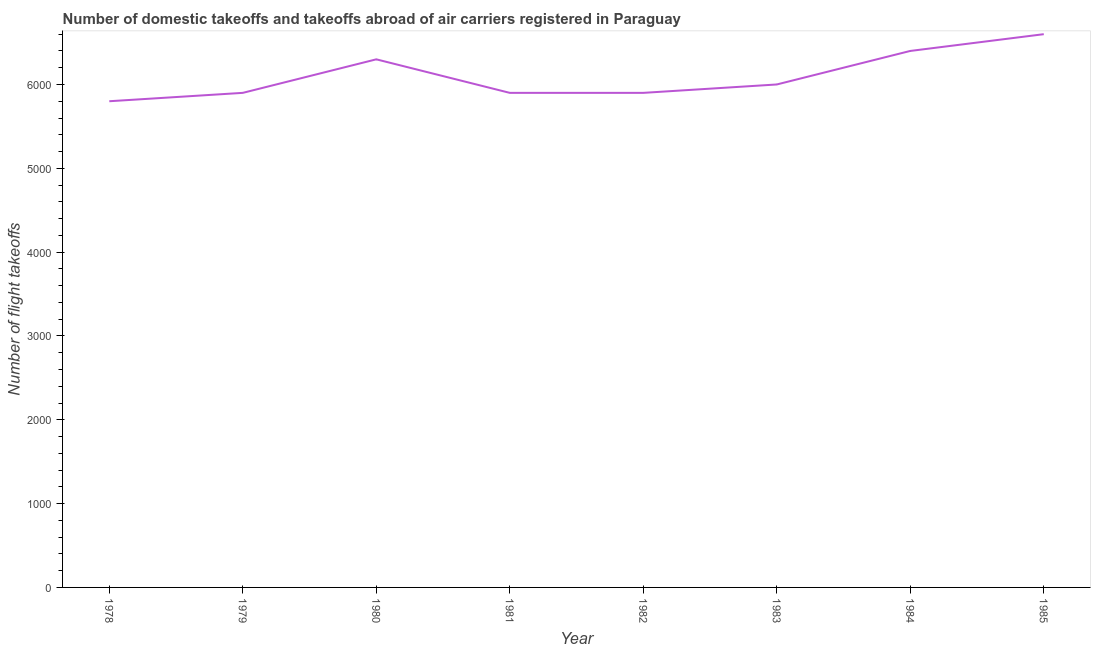
| Year | Air transport |
 | --- | --- |
 | 1978 | 5.8e+03 |
 | 1979 | 5.9e+03 |
 | 1980 | 6.3e+03 |
 | 1981 | 5.9e+03 |
 | 1982 | 5.9e+03 |
 | 1983 | 6e+03 |
 | 1984 | 6.4e+03 |
 | 1985 | 6.6e+03 |